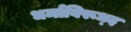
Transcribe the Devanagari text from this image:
धर्माविरूध्द